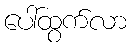
ပေါ်ထွက်လာ